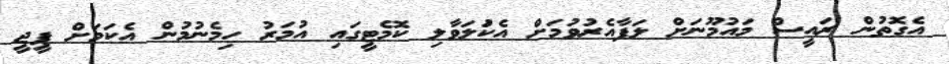
އެގޮތުން ރައީސް މައުމޫނަށް ލަފާއެރުވުމަށް އެކުަލަވާލި ކޮމެޓީގައި އުމަރު ހިމެނުމުން އެކަމަށް ޕީޖީ